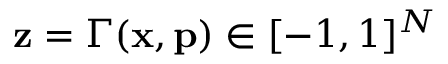
\mathbf { z } = \Gamma ( \mathbf { x } , \mathbf { p } ) \in [ - 1 , 1 ] ^ { N }